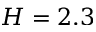
H = 2 . 3